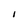
Character: I